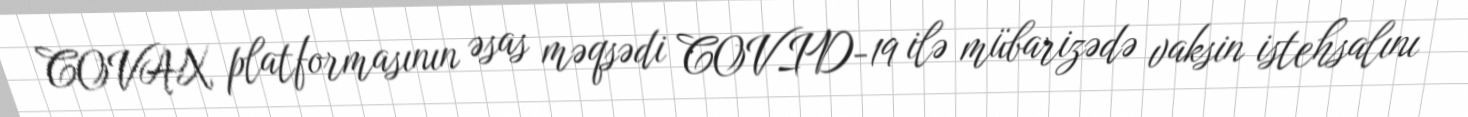
COVAX platformasının əsas məqsədi COVID-19 ilə mübarizədə vaksin istehsalını